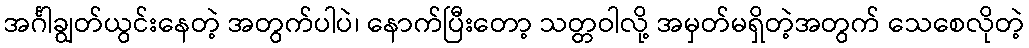
အင်္ဂါချွတ်ယွင်းနေတဲ့ အတွက်ပါပဲ၊ နောက်ပြီးတော့ သတ္တဝါလို့ အမှတ်မရှိတဲ့အတွက် သေစေလိုတဲ့